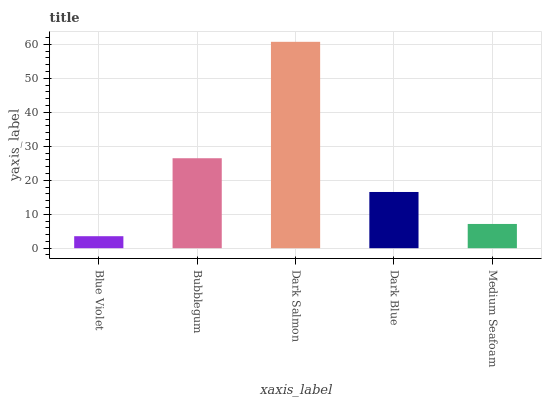
| xaxis_label | bars |
 | --- | --- |
 | Blue Violet | 3.53 |
 | Bubblegum | 26.5 |
 | Dark Salmon | 60.7 |
 | Dark Blue | 16.5 |
 | Medium Seafoam | 7.14 |